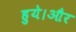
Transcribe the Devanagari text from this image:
हुये।और